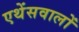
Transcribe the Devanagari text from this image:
एथेंसवालों